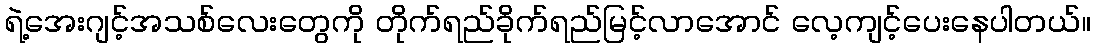
ရဲ့အေးဂျင့်အသစ်လေးတွေကို တိုက်ရည်ခိုက်ရည်မြင့်လာအောင် လေ့ကျင့်ပေးနေပါတယ်။